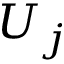
U _ { j }